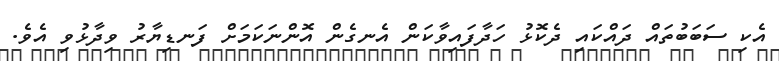
އެކި ސަބަބުތައް ދައްކައި ދެކޮޅު ހަދާފައިވާކަން އެނގެން އޮންނަކަމަަށް ފަނޑިޔާރު ވިދާޅުވި އެވެ.